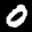
Label: 0